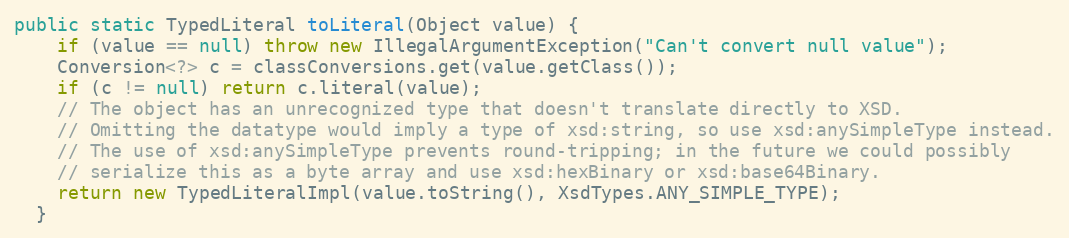
Language: Java
public static TypedLiteral toLiteral(Object value) {
    if (value == null) throw new IllegalArgumentException("Can't convert null value");
    Conversion<?> c = classConversions.get(value.getClass());
    if (c != null) return c.literal(value);
    // The object has an unrecognized type that doesn't translate directly to XSD.
    // Omitting the datatype would imply a type of xsd:string, so use xsd:anySimpleType instead.
    // The use of xsd:anySimpleType prevents round-tripping; in the future we could possibly
    // serialize this as a byte array and use xsd:hexBinary or xsd:base64Binary.
    return new TypedLiteralImpl(value.toString(), XsdTypes.ANY_SIMPLE_TYPE);
  }